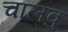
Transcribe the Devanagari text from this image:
चालवु